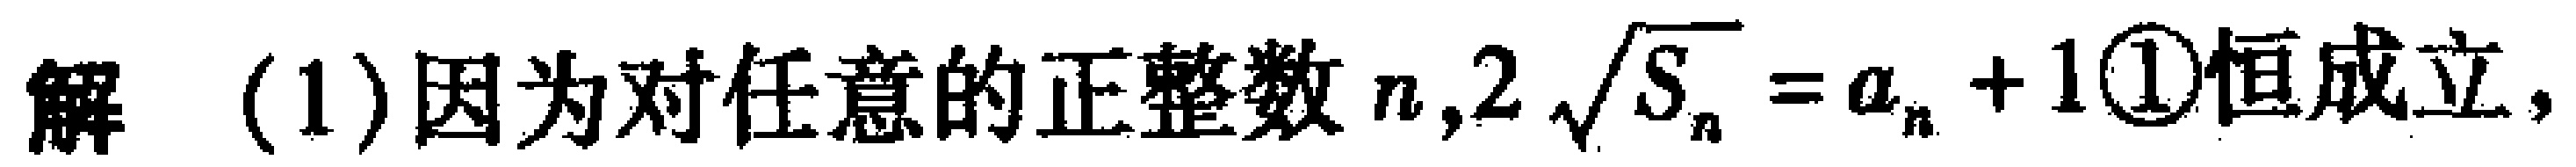
解 (1)因为对任意的正整数 \(n\),\(2\sqrt{S_{n}} = a_{n}+1\)\textcircled{1}恒成立，